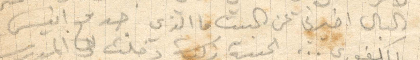
البال اخبرني عن البيت ما الذي جد مع انيس